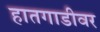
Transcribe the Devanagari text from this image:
हातगाडीवर